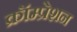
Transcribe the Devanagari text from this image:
क्रॉम्प्रेशन